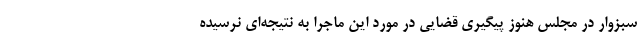
سبزوار در مجلس هنوز پیگیری قضایی در مورد این ماجرا به نتیجه‌ای نرسیده